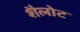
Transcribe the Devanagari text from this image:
शैलोट